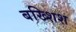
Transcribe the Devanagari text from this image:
बख्शिश